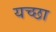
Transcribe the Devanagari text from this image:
यच्छा